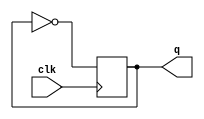
module t_ff(
    input clk,
    output reg q
);
    initial begin
        q = 1;
    end
    always @(posedge clk)
        begin
            q <= ~q;
        end
endmodule